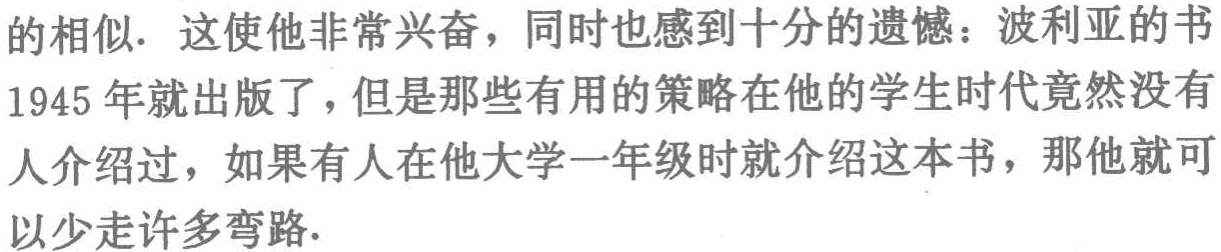
的相似. 这使他非常兴奋，同时也感到十分的遗憾：波利亚的书

1945 年就出版了，但是那些有用的策略在他的学生时代竟然没有

人介绍过，如果有人在他大学一年级时就介绍这本书，那他就可

以少走许多弯路.